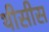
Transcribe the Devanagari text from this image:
थीसीस